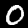
Label: 0